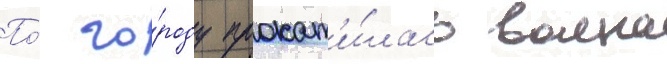
По́ го́роду прокат'и́лась волна